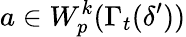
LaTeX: a\in W_{p}^{k}(\Gamma_{t}(\delta^{\prime}))